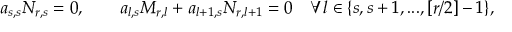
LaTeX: a _ { s , s } N _ { r , s } = 0 , \quad \quad a _ { l , s } M _ { r , l } + a _ { l + 1 , s } N _ { r , l + 1 } = 0 \quad \forall l \in \{ s , s + 1 , . . . , [ r / 2 ] - 1 \} ,